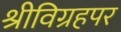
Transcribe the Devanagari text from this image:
श्रीविग्रहपर